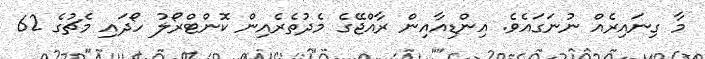
މާ ގިނައިރެއް ނުނަގައެވެ. އިންޑިއާއިން ރާއްޖޭގެ މެދުތެރެއިން ކޮންޓްރޯލު ހޯދައި މެޗުގެ 62